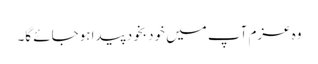
وہ عزم آپ میں خود بخود پیدا ہوجائے گا۔